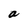
Character: a